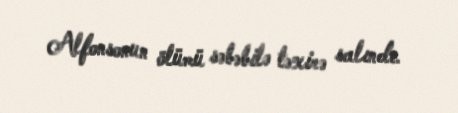
Alfonsonun ölümü səbəbilə təxirə salındı.